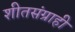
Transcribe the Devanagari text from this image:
शीतसंग्राही